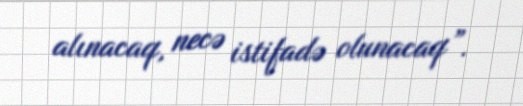
alınacaq, necə istifadə olunacaq”.